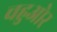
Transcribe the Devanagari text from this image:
चहुओर